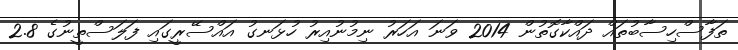
ތަފާސްހިސާބުތައް ދައްކާގޮތުން 2014 ވަނަ އަހަރު ނިމުނުއިރު ހުޅަނގު އައްސޭރީގައި ފަލަސްތީނުގެ 2.8